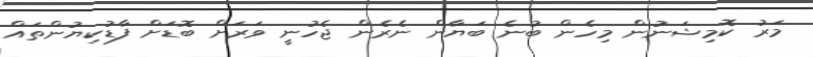
މަރު ކޮމިޝަނުން މިހެން ބުނެ ބަޔާން ނެރެން ޖެހުނީ ވަރަށް ބޮޑަށް ފާޑުކިޔުންތައް